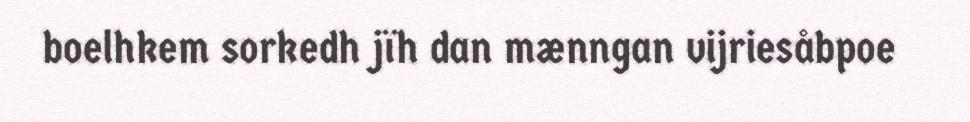
boelhkem sorkedh jïh dan mænngan vijriesåbpoe